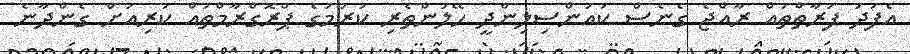
އެފަދަ ފަރާތްތައް ރާއްޖެ ގެނެސް ކައުންސިލިންދީ ހޭލުންތެރި ކުރުމުގެ ޕްރޮގްރާމްތައް ކުރިއަށް ގެންދާނެ